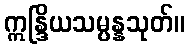
ဣန္ဒြိယသမ္ပန္နသုတ်။